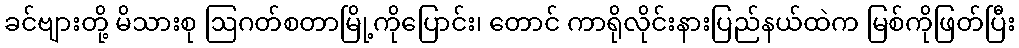
ခင်ဗျားတို့ မိသားစု ဩဂတ်စတာမြို့ကိုပြောင်း၊ တောင် ကာရိုလိုင်းနားပြည်နယ်ထဲက မြစ်ကိုဖြတ်ပြီး